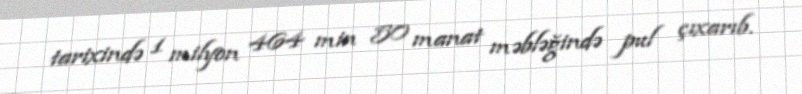
tarixində 1 milyon 464 min 50 manat məbləğində pul çıxarıb.